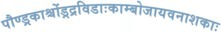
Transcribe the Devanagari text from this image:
पौण्ड्रकाश्चोंड्रद्रविडाःकाम्बोजायवनाशकाः